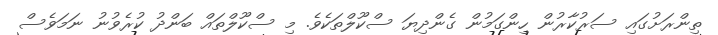
ތިންރަށުގައި ސަރުކާރުން ހިންގަމުން ގެންދިޔަ ސްކޫލްތަކެވެ. މި ސްކޫލްތައް ބަންދު ކުރެވުނު ނަމަވެސް